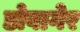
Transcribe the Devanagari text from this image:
डोवागेर